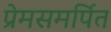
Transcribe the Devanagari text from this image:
प्रेमसमर्पित